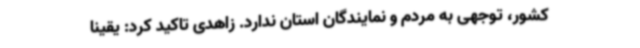
کشور، توجهی به مردم و نمایندگان استان ندارد. زاهدی تاکید کرد: یقینا